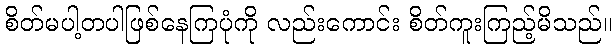
စိတ်မပါ့တပါဖြစ်နေကြပုံကို လည်းကောင်း စိတ်ကူးကြည့်မိသည်။